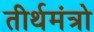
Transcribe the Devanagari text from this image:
तीर्थमंत्रो